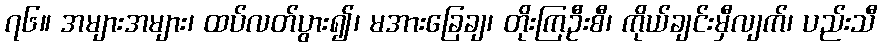
၇၆။ အများအများ၊ ထပ်လတ်ပွား၍၊ မအားခြေချ၊ တိုးကြဦးစီ၊ ကိုယ်ချင်းမှီလျက်၊ ပည်းသီ